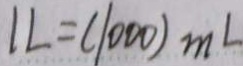
1 L = ( 1 0 0 0 ) m L